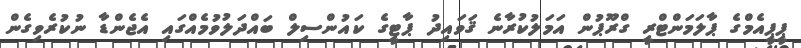
ޕީޕީއެމްގެ ޕާލަމަންޓްރީ ގްރޫޕުން އަމަލުކުރާނެ ޤަވައިދު ޕާޓީގެ ކައުންސިލް ބައްދަލުވުމެއްގައި އެޖެންޑާ ނުކުރެވިގެން